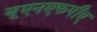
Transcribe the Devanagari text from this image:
यूएनएफपीए